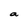
Character: a